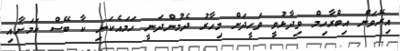
އިރޭވަން އިބްރާހިމް ވިދާޅުވީ ވަހީދަށް މިހާރު ދެމުންދަނީ ހަމައެކަނި ކާ ބޭސް ކަމަށާއި